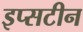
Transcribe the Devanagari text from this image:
इप्सटीन